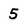
Character: 5